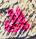
إلى